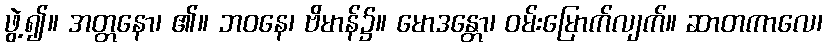
ဖွဲ့၍။ အတ္တနော၊ ၏။ ဘဝနေ၊ ဗိမာန်၌။ မောဒန္တော၊ ဝမ်းမြောက်လျက်။ ဆာတကာလေ၊